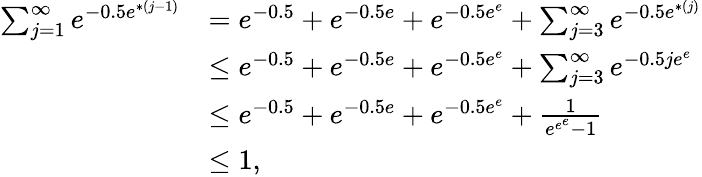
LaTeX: \begin{array}{rl}{\sum_{j=1}^{\infty}e^{-0.5{e^{*(j-1)}}}}&{={e^{-0.5}}+{e^{-0.5e}}+{e^{-0.5e^{e}}}+\sum_{j=3}^{\infty}e^{-0.5{e^{*(j)}}}}\\ &{\leq{e^{-0.5}}+{e^{-0.5e}}+{e^{-0.5e^{e}}}+\sum_{j=3}^{\infty}e^{-0.5{je^{e}}}}\\ &{\leq{e^{-0.5}}+{e^{-0.5e}}+{e^{-0.5e^{e}}}+\frac 1{e^{e^{e}}-1}}\\ &{\leq 1,}\end{array}